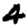
Digit: 4